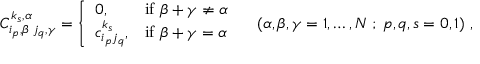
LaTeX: C _ { i _ { p } , \beta \; j _ { q } , \gamma } ^ { k _ { s } , \alpha } = \left\{ \begin{array} { l l l } { { 0 , } } & { { \mathrm { i f } \ \beta + \gamma \neq \alpha } } \\ { { c _ { i _ { p } j _ { q } } ^ { k _ { s } } , } } & { { \mathrm { i f } \ \beta + \gamma = \alpha } } \end{array} \right. \quad ( \alpha , \beta , \gamma = 1 , \ldots , N \; ; \; p , q , s = 0 , 1 ) \; ,